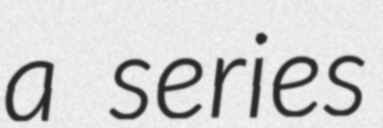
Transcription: a series